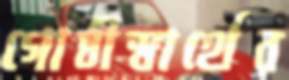
গোষ্ঠীস্বার্থের